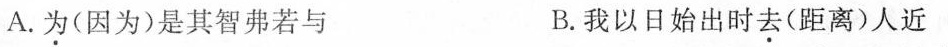
A.为(因为)是其智弗若与 B.我以日始出时去(距离)人近